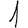
Digit: 1